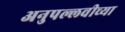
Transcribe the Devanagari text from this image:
अनुपल्लवीच्या